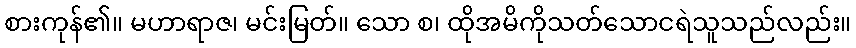
စားကုန်၏။ မဟာရာဇ၊ မင်းမြတ်။ သော စ၊ ထိုအမိကိုသတ်သောငရဲသူသည်လည်း။